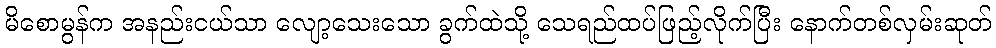
မိစောမွန်က အနည်းငယ်သာ လျော့သေးသော ခွက်ထဲသို့ သေရည်ထပ်ဖြည့်လိုက်ပြီး နောက်တစ်လှမ်းဆုတ်